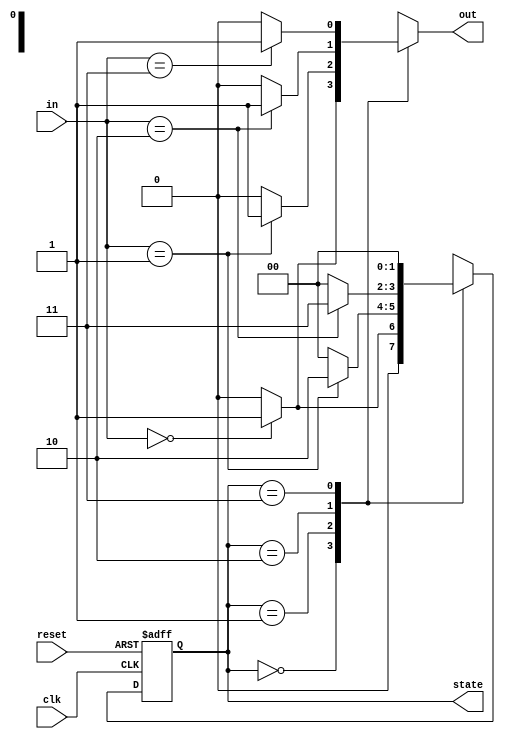
module MealyStateMachine #(
    parameter N = 2,                 // Number of bits for the state
    parameter INPUT_WIDTH = 2,       // Number of bits for input
    parameter STATE_COUNT = 4        // Total states = 2^N
)(
    input wire clk,                  // Clock signal
    input wire reset,                // Asynchronous reset
    input wire [INPUT_WIDTH-1:0] in, // Input signals
    output reg [N-1:0] state,        // Current state output
    output reg out                   // Output signal
);

// State encoding
localparam S0 = 2'b00;
localparam S1 = 2'b01;
localparam S2 = 2'b10;
localparam S3 = 2'b11;

// Next state logic
reg [N-1:0] next_state;

// Combinatorial output logic
always @(*) begin
    case (state)
        S0: begin
            out = (in == 2'b00) ? 1'b1 : 1'b0; // Output logic based on current state and input
            next_state = (in == 2'b00) ? S1 : S0;
        end
        S1: begin
            out = (in == 2'b01) ? 1'b1 : 1'b0;
            next_state = (in == 2'b01) ? S2 : S0;
        end
        S2: begin
            out = (in == 2'b10) ? 1'b1 : 1'b0;
            next_state = (in == 2'b10) ? S3 : S0;
        end
        S3: begin
            out = (in == 2'b11) ? 1'b1 : 1'b0;
            next_state = (in == 2'b11) ? S0 : S0;
        end
        default: begin
            out = 1'b0;
            next_state = S0;
        end
    endcase
end

// Sequential logic for state register
always @(posedge clk or posedge reset) begin
    if (reset) begin
        state <= S0; // Reset to initial state
    end else begin
        state <= next_state; // Update state on clock edge
    end
end

endmodule